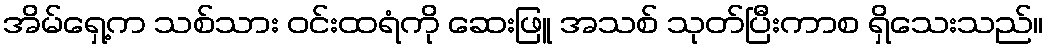
အိမ်ရှေ့က သစ်သား ဝင်းထရံကို ဆေးဖြူ အသစ် သုတ်ပြီးကာစ ရှိသေးသည်။